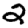
Digit: 2